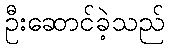
ဦးဆောင်ခဲ့သည်